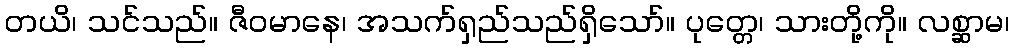
တယိ၊ သင်သည်။ ဇီဝမာနေ၊ အသက်ရှည်သည်ရှိသော်။ ပုတ္တေ၊ သားတို့ကို။ လစ္ဆာမ၊